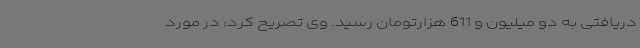
دریافتی به دو میلیون و 611 هزارتومان رسید. وی تصریح کرد: در مورد